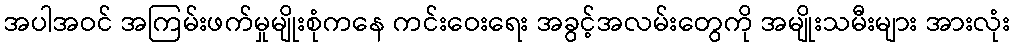
အပါအဝင် အကြမ်းဖက်မှုမျိုးစုံကနေ ကင်းဝေးရေး အခွင့်အလမ်းတွေကို အမျိုးသမီးများ အားလုံး